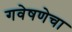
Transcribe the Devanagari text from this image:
गवेषणेचा